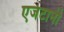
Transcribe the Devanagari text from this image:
एजंटानी